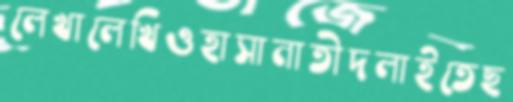
লেখালেখিওহাসানাতীদলাইতেছ